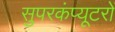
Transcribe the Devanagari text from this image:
सुपरकंप्यूटरों